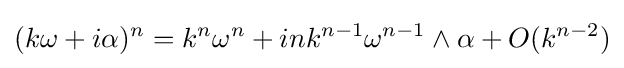
(k\omega +i\alpha )^{n}=k^{n}\omega ^{n}+ink^{n-1}\omega ^{n-1}\wedge \alpha +O(k^{n-2})